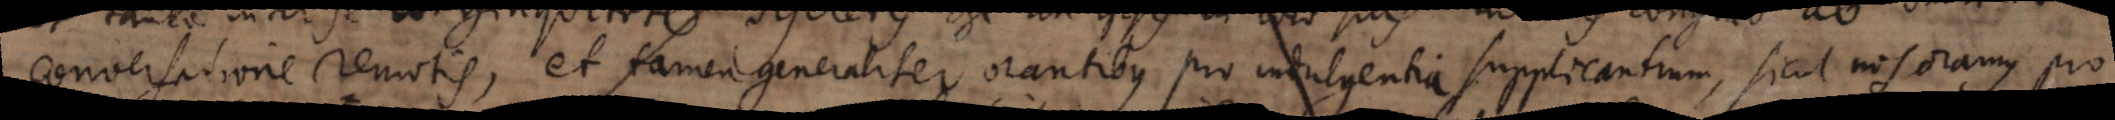
conversatione remotis, et tamen generaliter orantibus pro indulgentia supplicantium, sicut nos oramus pro